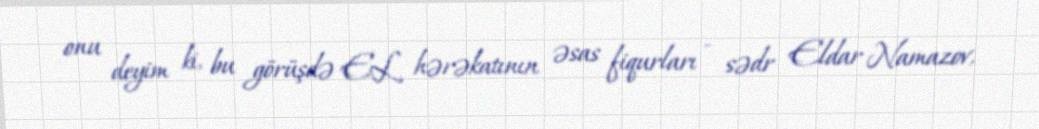
onu deyim ki, bu görüşdə EL hərəkatının əsas fiqurları - sədr Eldar Namazov,